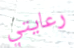
رعايتي